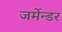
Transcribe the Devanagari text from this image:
जर्मेन्डर